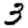
Digit: 3